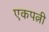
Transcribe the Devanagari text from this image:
एकपत्नी